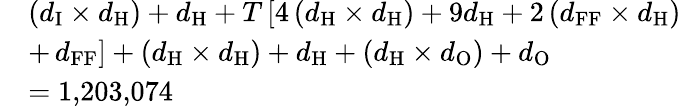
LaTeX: \begin{array}{rl}&{\left(d_{\mathrm{I}}\times d_{\mathrm{H}}\right)+d_{\mathrm{H}}+T\left[4\left(d_{\mathrm{H}}\times d_{\mathrm{H}}\right)+9d_{\mathrm{H}}+2\left(d_{\mathrm{FF}}\times d_{\mathrm{H}}\right)\right.}\\ &{+\left.d_{\mathrm{FF}}\right]+\left(d_{\mathrm{H}}\times d_{\mathrm{H}}\right)+d_{\mathrm{H}}+\left(d_{\mathrm{H}}\times d_{\mathrm{O}}\right)+d_{\mathrm{O}}}\\ &{=1{,}203{,}074}\end{array}